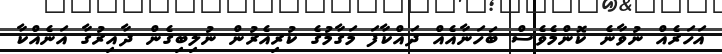
އަހަރެއް ނުވާނެ ކޮންމެވެސް ބަހަނާއެއް ދައްކާފަ މަގާމުގެ ކުރިއެރުން ނުލިބިގެން ދާއިރުގާ އަނެއްކާ